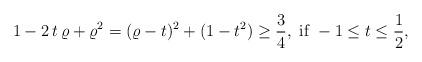
LaTeX: \begin{align*}1-2\,t\,\varrho+\varrho^2=(\varrho-t)^2+(1-t^2)\ge \frac{3}{4},\mbox{ if }-1\le t\le\frac{1}{2},\end{align*}